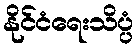
နိုင်ငံရေးသိပ္ပံ